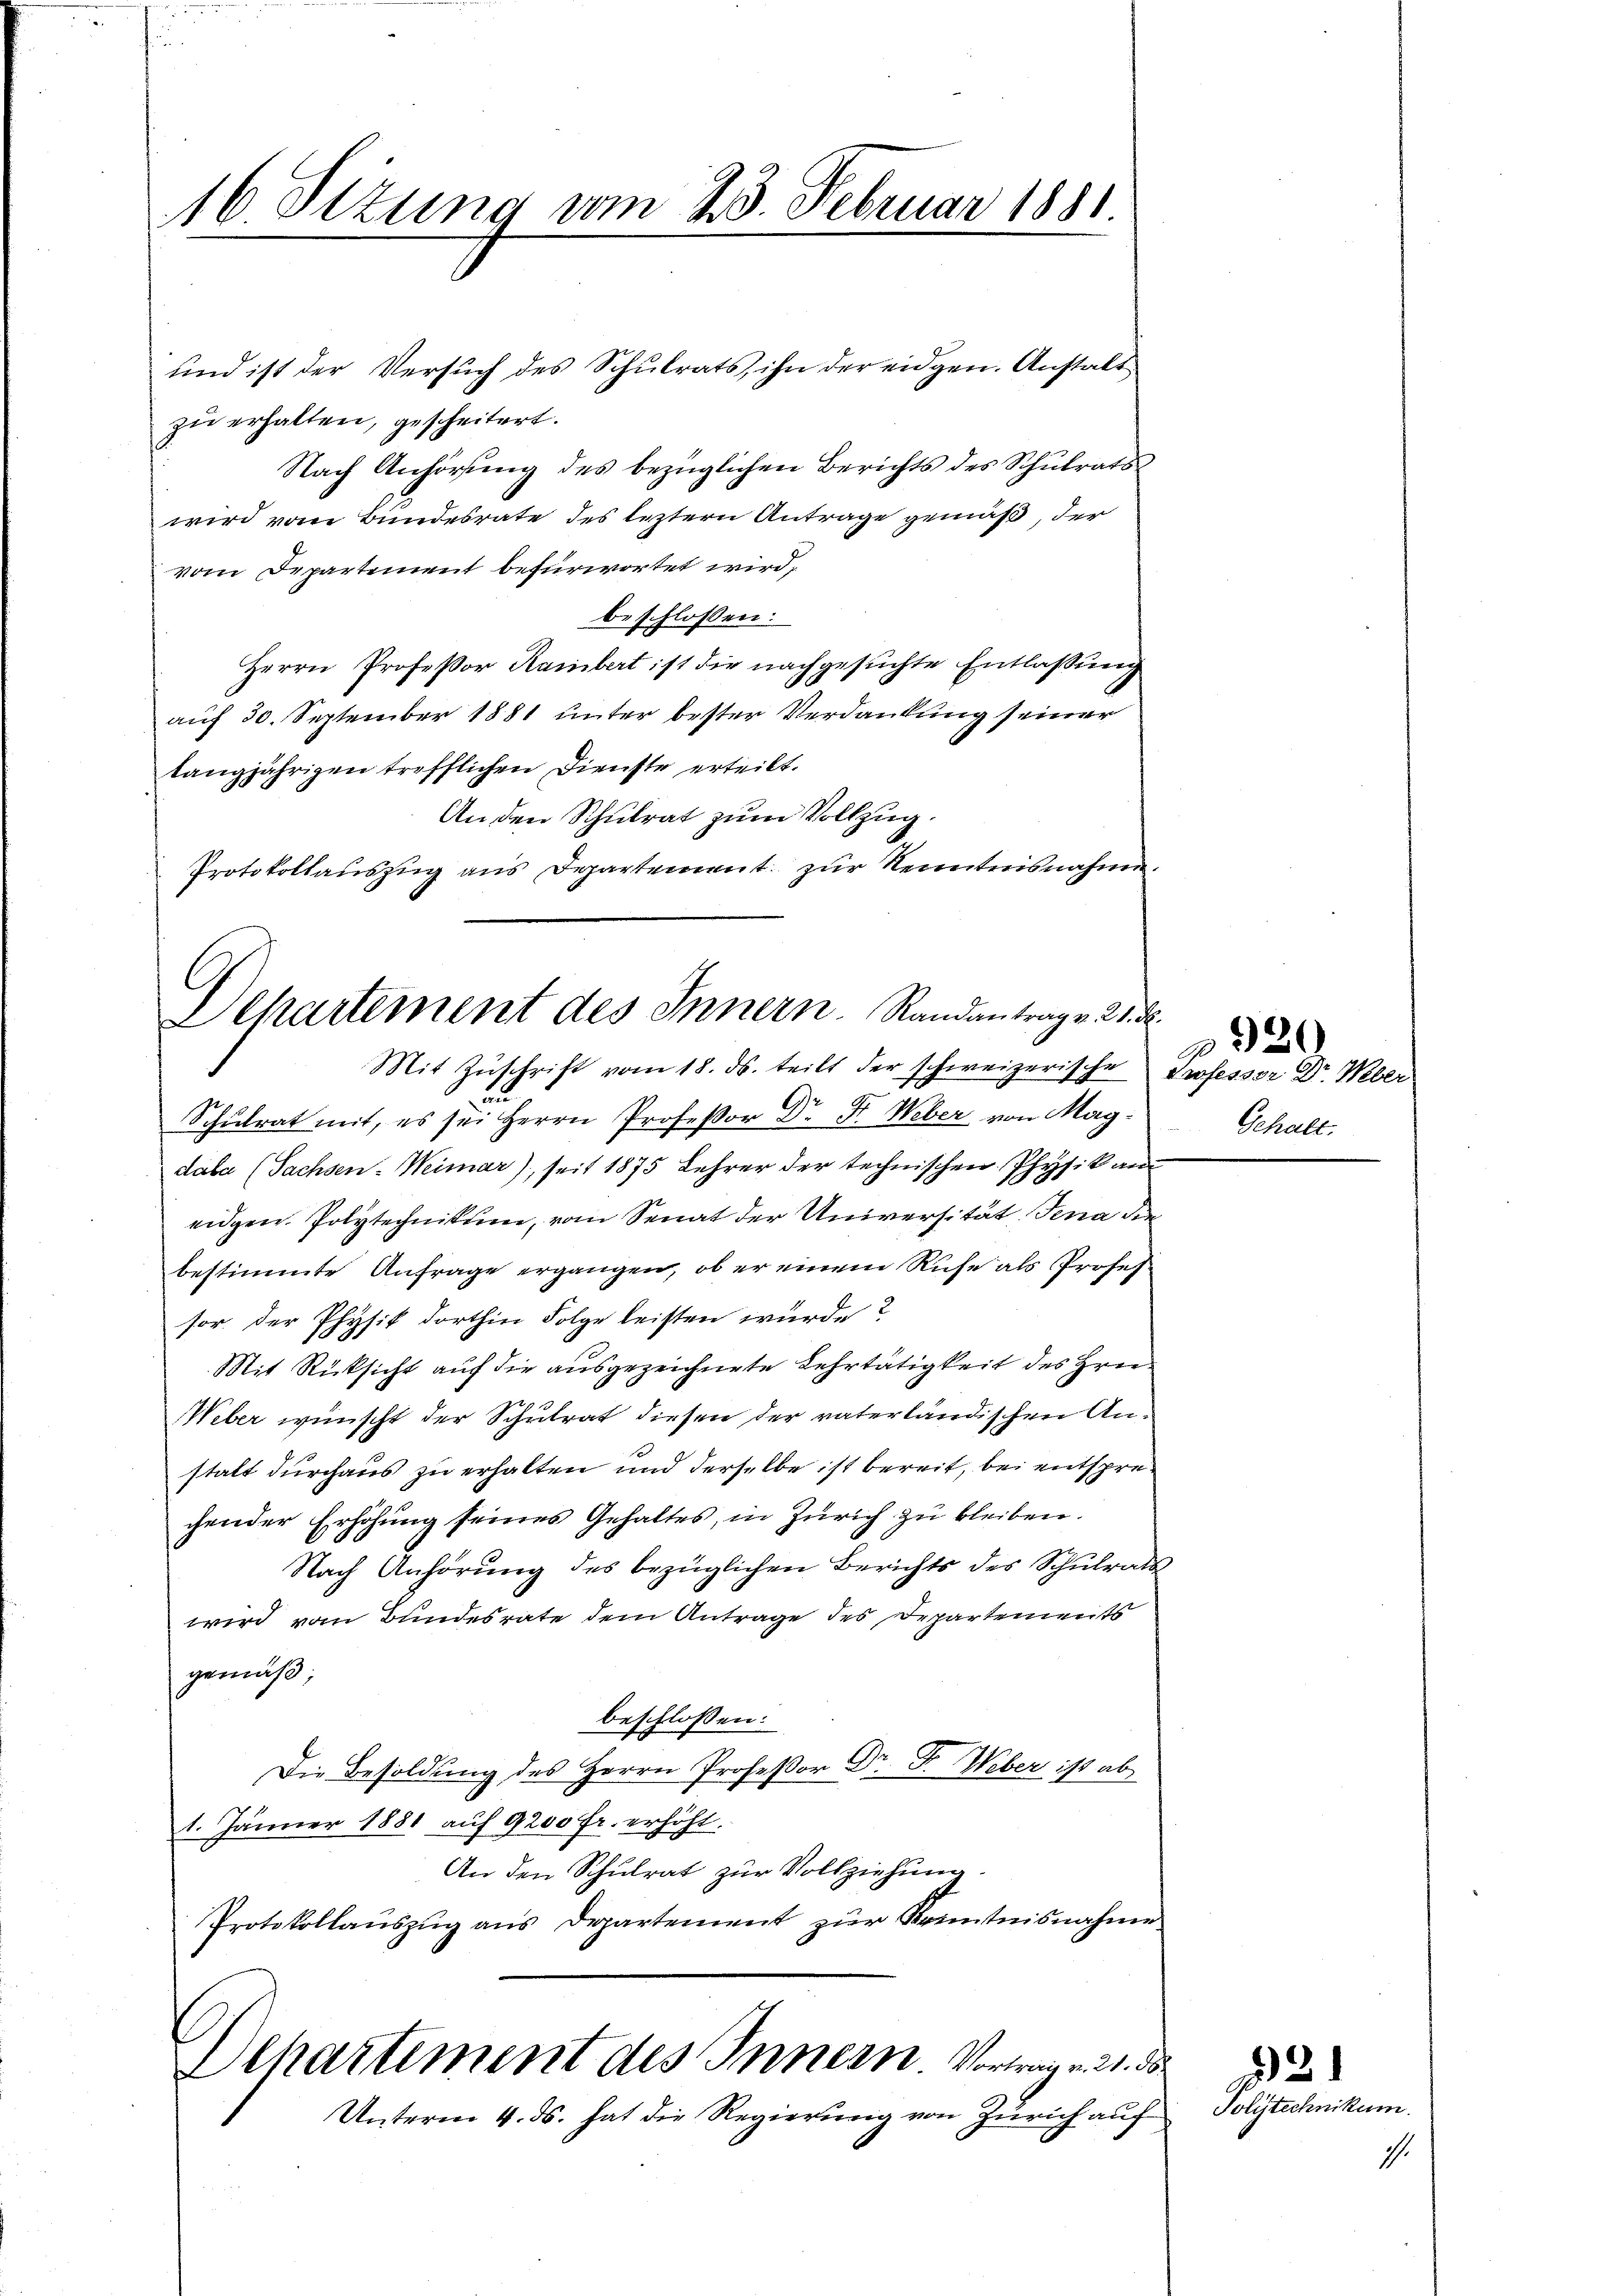
16 Stzung vom 23. Februar 1881

und ist der Versuch des Schulrats, ihn der eidgen. Anstalt
zu erhalten, gescheitert.
Nach Anhörŭng des bezüglichen Berichts des Schŭlrats
wird vom Bundesrate des leztern Antrage gemäß, der
vom Departement befürwortet wird;
beschlossen:
Herrn Professor Rambert ist die nachgesuchte Entlassung
auf 30. September 1881 unter bester Verdankung seiner
tangjährigen trefflichen Dienste erteilt.
An den Schulrat zum Vollzug.
Protokollauszug aus Departement zur Kenntnisnahme.

Dehartement des Innern. Randantrage 21. d.
Mit Zŭschrift vom 18. ds. teilt der schweizerische Professor Dr. Weber

u.
Schulrat mit, es sei Herrn Professor Dr. Fr. Weber von Magdaba (Sachsen-Weimar), seit 1875 Lehrer der technischen Physikan
eidgen. Polytechnikumme, vom Senat der Universität Jena die
bestimmte Anfrage ergangen, ob er einem Ruhe als Profes
sor. der Physik dorthin Folge leisten würde?
Mit Rücksicht auf die ausgezeichnete Lehrtätigkeit des Hrn.
Weber wünscht der Schulrat diesen der vaterländischen Anstalt durchaus zu erhalten und derselbe ist bereit, bei entsprechender Erhöhung seines Gehaltes, in Zürich zu bleiben.
Nach Anhörŭng des bezüglichen Berichts des Schŭlrats-
wird vom Bundesrate dem Antrage des Departements
gemäß,
beschlossen:
Die Besoldung des Herrn Professor Dr. F. Weber ist ab
1. Jänner 1881 auf 9200 Fr. erhöht.
An den Schulrat zur Vollziehung.
Protokollaŭszŭg ans Departement zŭr Kenntnisnahme

Ochartement des Innern Vortrag v. 21. ds
Unterm 4. ds. hat die Regierung von Zürich auf

Gehalt.

2330

I.

21
Polytechnikum.